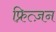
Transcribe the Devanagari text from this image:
फ्रित्ज़न